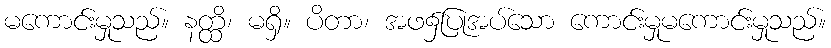
မကောင်းမှုသည်။ နတ္ထိ၊ မရှိ။ ပိတာ၊ အဖ၌ပြုအပ်သော ကောင်းမှုမကောင်းမှုသည်။